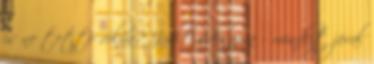
is ne tette volna? Judit é­desapja – mindezt jóval